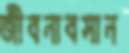
জীবনাবসান